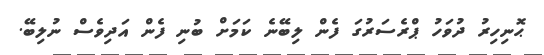
ޙޮނިހިރު ދުވަހު ޕްރެސަރުގަ ފެން ލިބޭނެ ކަމަށް ބުނި ފެން އަދިވެސް ނުލިބޭ.